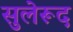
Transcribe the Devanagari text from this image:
सुलेरूद